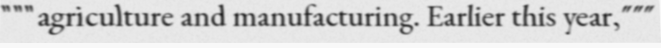
"""agriculture and manufacturing. Earlier this year,"""